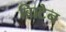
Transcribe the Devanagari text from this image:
ब्रिाटेन